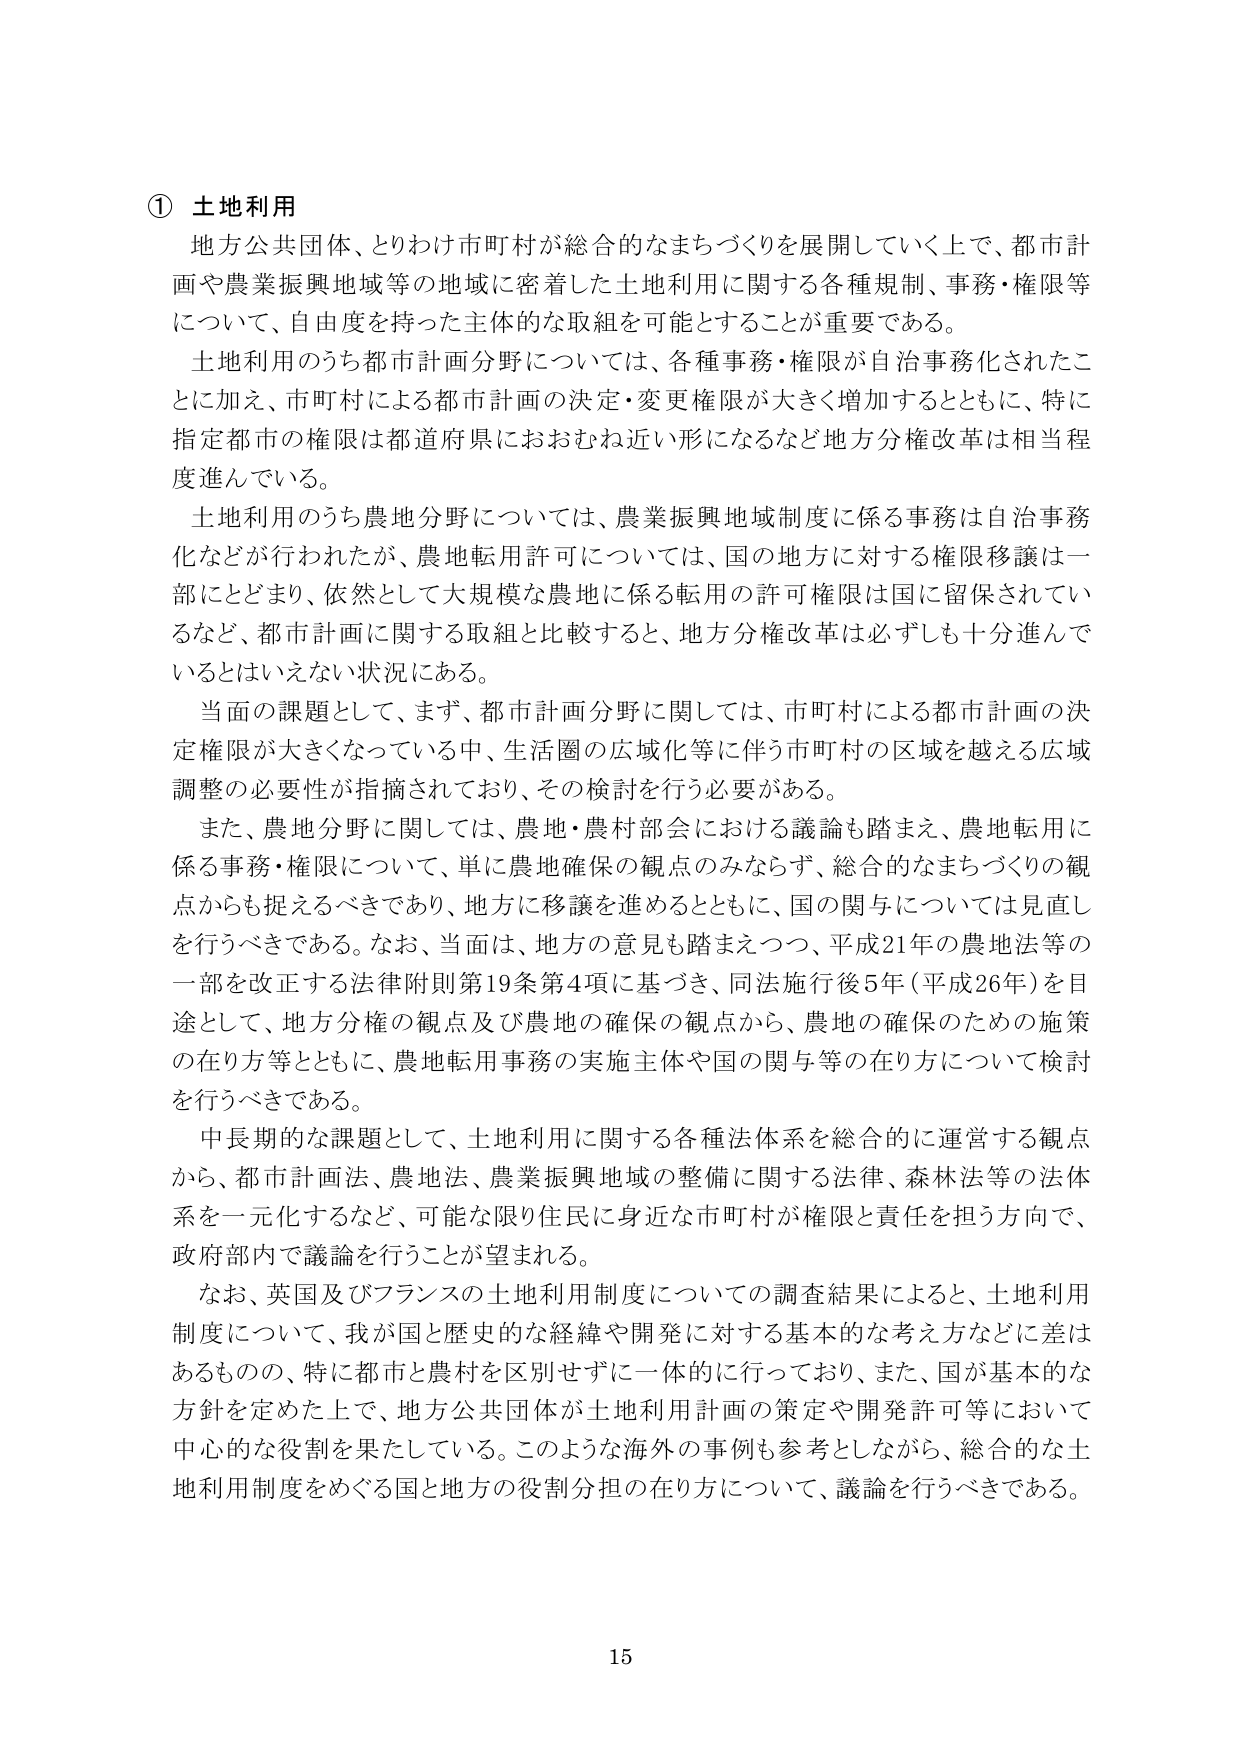
① 土地利用
地方公共団体、とりわけ市町村が総合的なまちづくりを展開していく上で、都市計画や農業振興地域等の地域に密着した土地利用に関する各種規制、事務・権限等について、自由度を持った主体的な取組を可能とすることが重要である。

土地利用のうち都市計画分野については、各種事務・権限が自治事務化されたことに加え、市町村による都市計画の決定・変更権限が大きく増加するとともに、特に指定都市の権限は都道府県におおむね近い形になるなど地方分権改革は相当程度進んでいる。

土地利用のうち農地分野については、農業振興地域制度に係る事務は自治事務化などが行われたが、農地転用許可については、国の地方に対する権限移譲は一部にとどまり、依然として大規模な農地に係る転用の許可権限は国に留保されているなど、都市計画に関する取組と比較すると、地方分権改革は必ずしも十分進んでいるとはいえない状況にある。

当面の課題として、まず、都市計画分野に関しては、市町村による都市計画の決定権限が大きくなっている中、生活圏の広域化等に伴う市町村の区域を越える広域調整の必要性が指摘されており、その検討を行う必要がある。

また、農地分野に関しては、農地・農村部会における議論も踏まえ、農地転用に係る事務・権限について、単に農地確保の観点のみならず、総合的なまちづくりの観点からも捉えるべきであり、地方に移譲を進めるとともに、国の関与については見直しを行うべきである。なお、当面は、地方の意見も踏まえつつ、平成21年の農地法等の一部を改正する法律附則第19条第4項に基づき、同法施行後5年（平成26年）を目途として、地方分権の観点及び農地の確保の観点から、農地の確保のための施策の在り方等とともに、農地転用事務の実施主体や国の関与等の在り方について検討を行うべきである。

中長期的な課題として、土地利用に関する各種法体系を総合的に運営する観点から、都市計画法、農地法、農業振興地域の整備に関する法律、森林法等の法体系を一元化するなど、可能な限り住民に身近な市町村が権限と責任を担う方向で、政府部内で議論を行うことが望まれる。

なお、英国及びフランスの土地利用制度についての調査結果によると、土地利用制度について、我が国と歴史的な経緯や開発に対する基本的な考え方に差はあるものの、特に都市と農村を区別せずに一体的に行っており、また、国が基本的な方針を定めた上で、地方公共団体が土地利用計画の策定や開発許可等において中心的な役割を果たしている。このような海外の事例も参考としながら、総合的な土地利用制度をめぐる国と地方の役割分担の在り方について、議論を行うべきである。

15